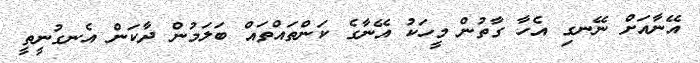
އޭނާއަށް ނޭނގި އެހާ ގާތުން މީހަކު އޭނާގެ ކަންތައްތައް ބަލަމުން ދާކަން އެނގުނީތީ